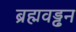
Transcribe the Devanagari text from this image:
ब्रह्मवड्ढन